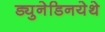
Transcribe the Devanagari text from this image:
ड्युनेडिनयेथे